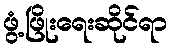
ဖွံ့ဖြိုးရေးဆိုင်ရာ